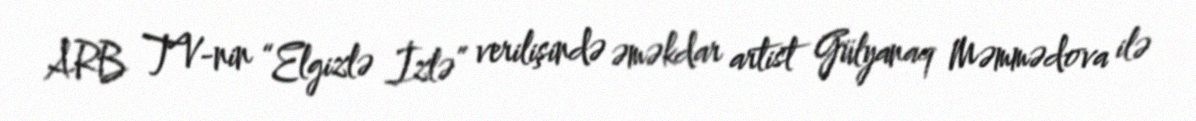
ARB TV-nin “Elgizlə İzlə” verilişində əməkdar artist Gülyanaq Məmmədova ilə